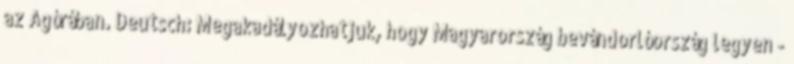
az Agórában. Deutsch: Megakadályozhatjuk, hogy Magyarország bevándorlóország legyen -